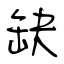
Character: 缺